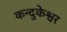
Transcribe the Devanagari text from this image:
कन्दुकेश्वर